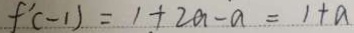
f ^ { \prime } ( - 1 ) = 1 + 2 a - a = 1 + a